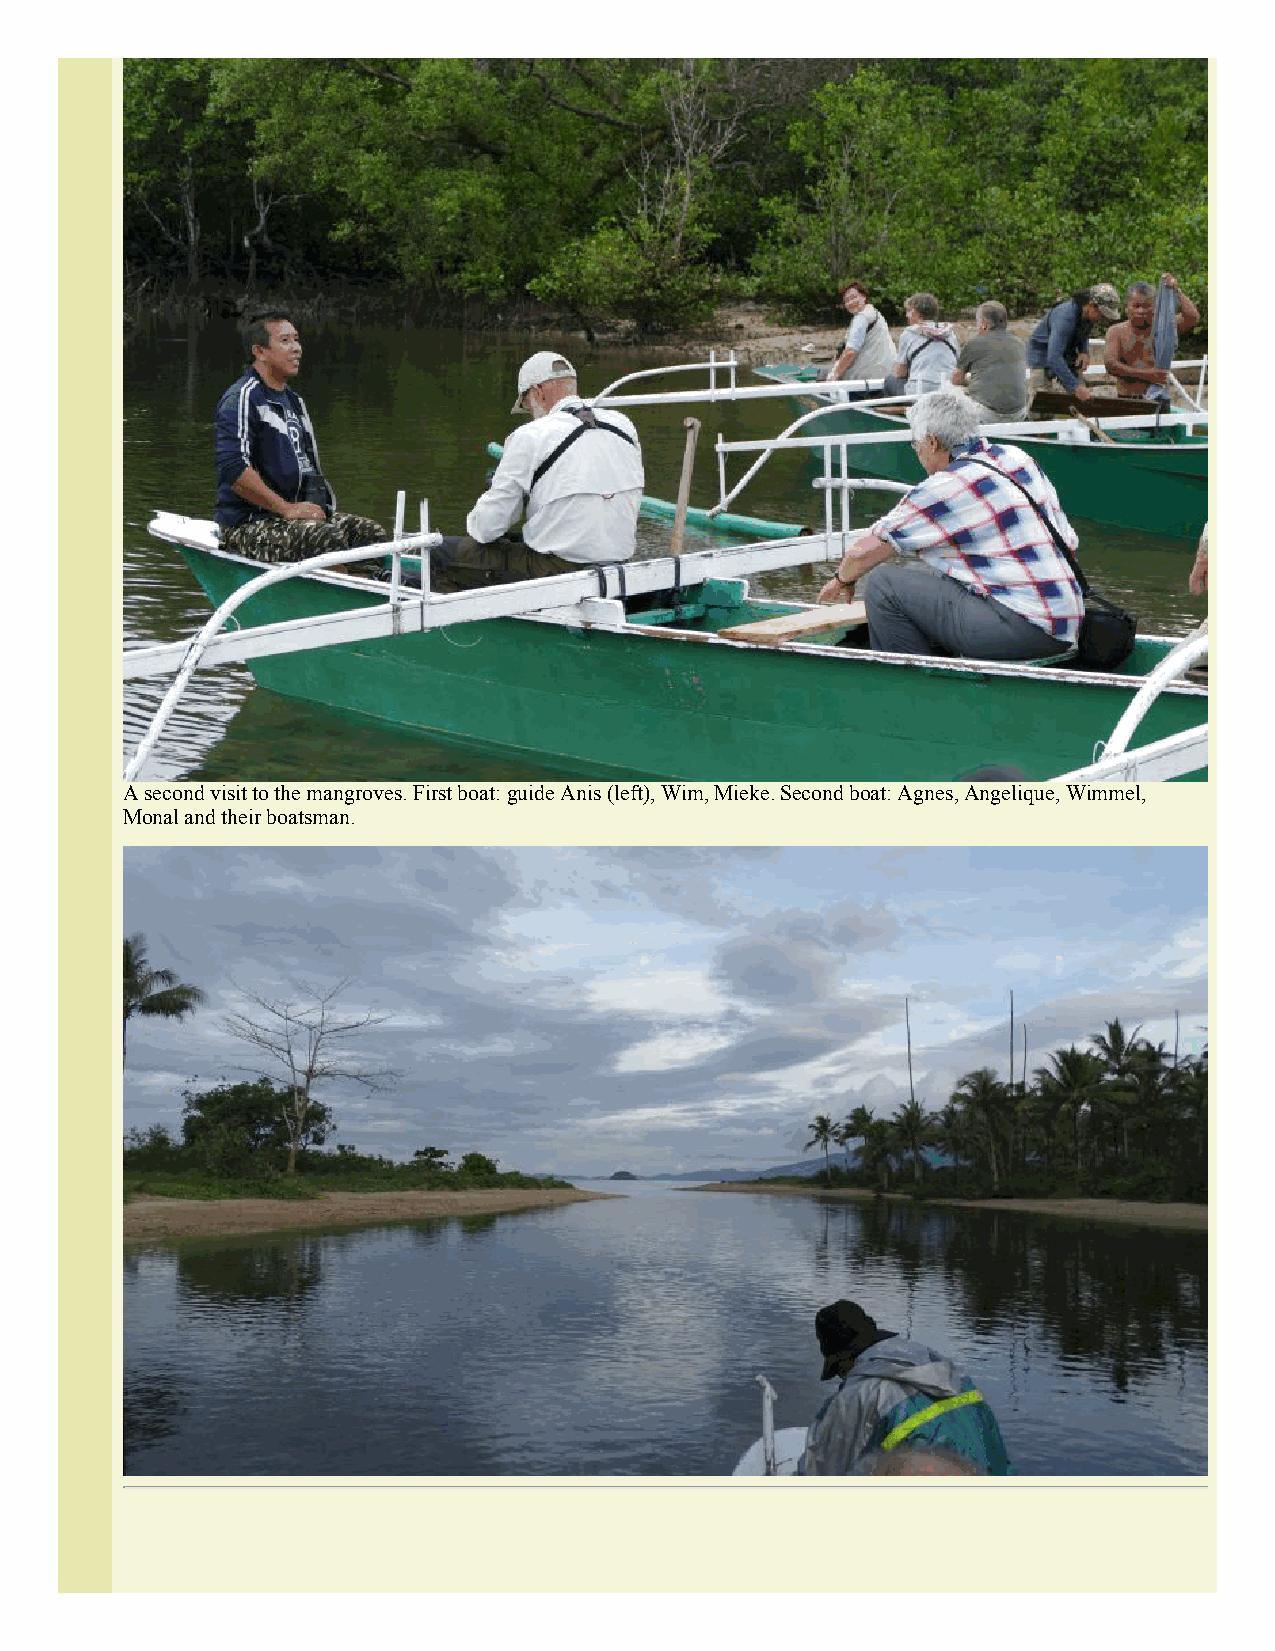
A second visit to the mangroves. First boat: guide Anis (left), Wim, Mieke. Second boat: Agnes, Angelique, Wimmel,
 Monal and their boatsman.